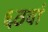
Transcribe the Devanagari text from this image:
६ठवां